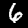
Label: 6